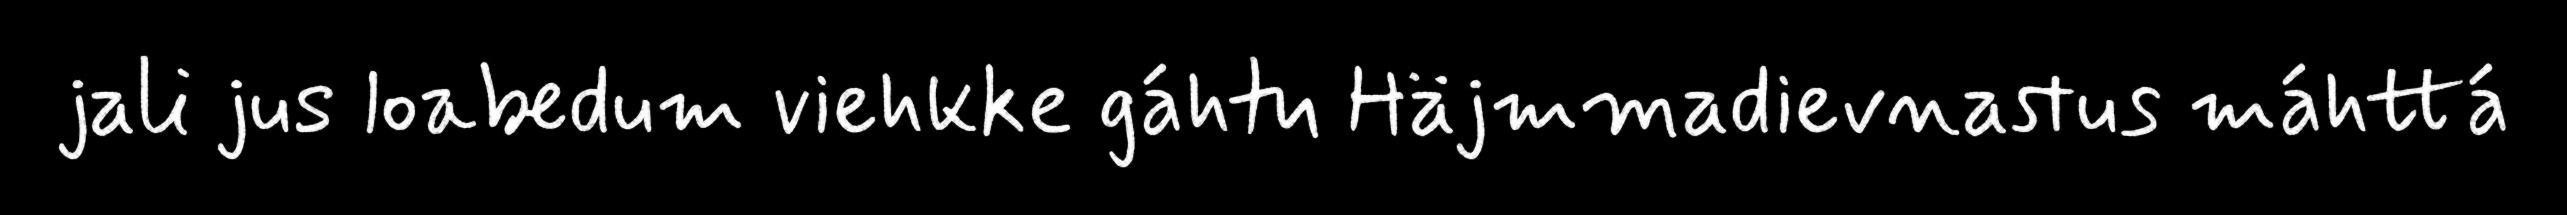
jali jus loabedum viehkke gáhtu Häjmmadievnastus máhttá